Reports on dispensaries and lunatic asylums in the Province of Oudh - 1869-1876
Year: 1869
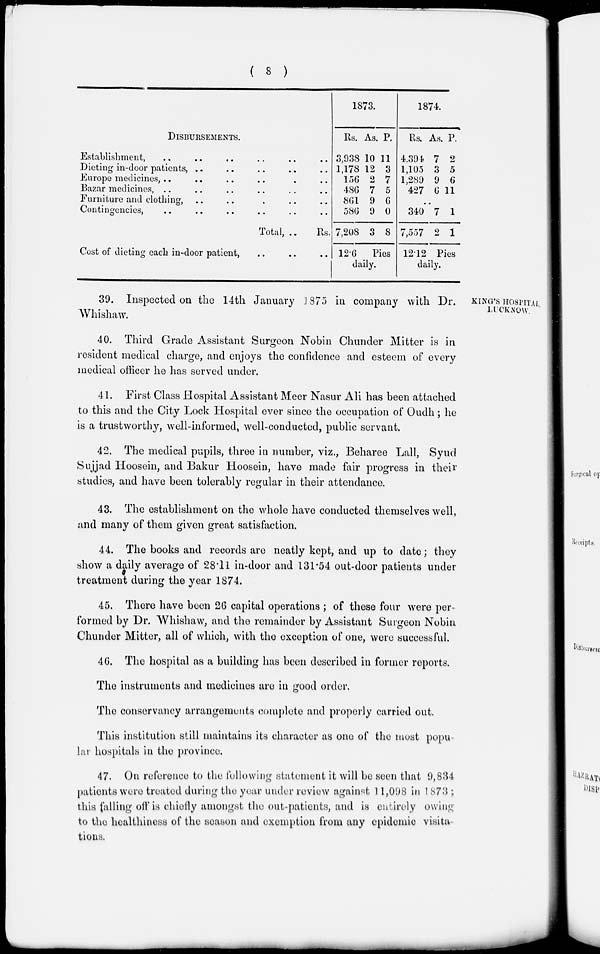
( 8 )
DISBURSEMENTS.
Establishment, .. .. .. .. .. ..
Dieting in-door patients, .. .. .. .. ..
Europe medicines, .. .. .. .. .. .. ..
Bazar medicines, .. .. .. .. ..
Furniture and clothing, .. .. .. .. ..
Contingencies, .. .. .. .. .. ..
Total, ..
Rs.
Cost of dieting each in-door patient, .. .. ..
1873.
Rs.
3,938
1,178
156
486
861
586
7,208
As.
10
12
2
7
9
9
3
P.
11
3
7
5
6
0
8
12.6
Pies
daily.
1874.
Rs.
4,394
1,105
1,289
427
As.
7
3
9
6
P.
2
5
6
11
..
340
7,557
7
2
1
1
12.12 Pies
daily.
KING'S HOSPITAL,
LUCKNOW.
39. Inspected on the 14th January 1875 in company with Dr.
Whishaw.
40. Third Grade Assistant Surgeon Nobin Chunder Mitter is in
resident medical charge, and enjoys the confidence and esteem of every
medical officer he has served under.
41. First Class Hospital Assistant Meer Nasur Ali has been attached
to this and the City Lock Hospital ever since the occupation of Oudh ; he
is a trustworthy, well-informed, well-conducted, public servant.
42. The medical pupils, three in number, viz., Beharee Lall, Syud
Sujjad Hoosein, and Bakur Hoosein, have made fair progress in their
studies, and have been tolerably regular in their attendance.
43. The establishment on the whole have conducted themselves well,
and many of them given great satisfaction.
44. The books and records are neatly kept, and up to date; they
show a daily average of 28.11 in-door and 131.54 out-door patients under
treatment during the year 1874.
45. There have been 26 capital operations ; of these four were per-
formed by Dr. Whishaw, and the remainder by Assistant Surgeon Nobin
Chunder Mitter, all of which, with the exception of one, were successful.
46. The hospital as a building has been described in former reports.
The instruments and medicines are in good order.
The conservancy arrangements complete and properly carried out.
This institution still maintains its character as one of the most popu-
lar hospitals in the province.
47. On reference to the following statement it will be seen that 9,834
patients were treated during the year under review against 11,098 in 1873 ;
this falling off is chiefly amongst the out-patients, and is entirely owing
to the healthiness of the season and exemption from any epidemic visita-
tions.